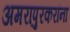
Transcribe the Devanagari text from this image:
अमरापुरकरांना